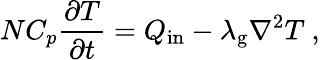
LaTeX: NC_{p}\frac{\partial T}{\partial t}=Q_{\mathrm{in}}-\lambda_{\mathrm{g}}\nabla^{2}T\ ,